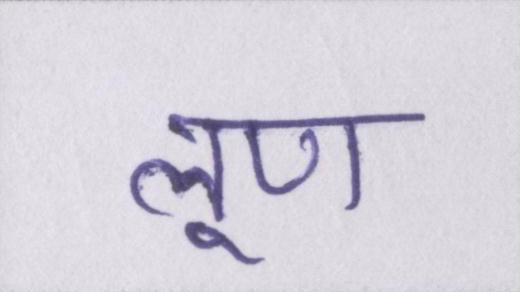
लूण